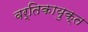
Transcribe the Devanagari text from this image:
वर्तिकायुक्त